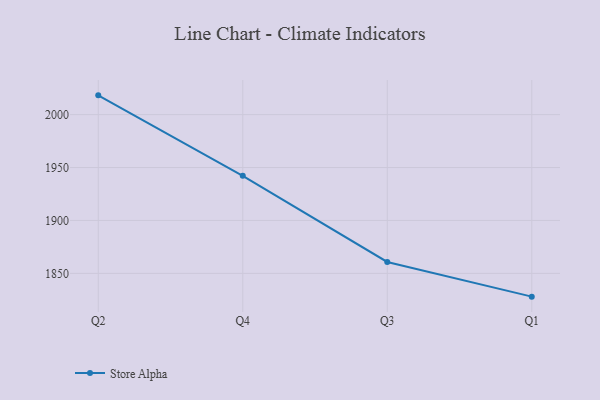
{"axis": {"x": "Quarter", "y": "Active Users"}, "legend": ["Store Alpha"], "data": [{"x": "Q2", "y": 2018.2, "type": "Store Alpha"}, {"x": "Q4", "y": 1942.2, "type": "Store Alpha"}, {"x": "Q3", "y": 1860.8, "type": "Store Alpha"}, {"x": "Q1", "y": 1828.0, "type": "Store Alpha"}]}